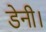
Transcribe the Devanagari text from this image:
डेनी।